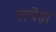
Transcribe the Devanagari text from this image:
लथेड़ा